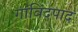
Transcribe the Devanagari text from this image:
गांविंदपाद